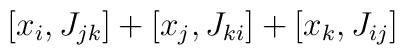
[x_i,  J_{jk}]+[x_j,   J_{ki}]+[x_k,  J_{ij}]